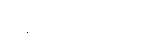
မြန်မာပြည်ဆိုင်ရာ